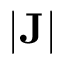
| \mathbf { J } |